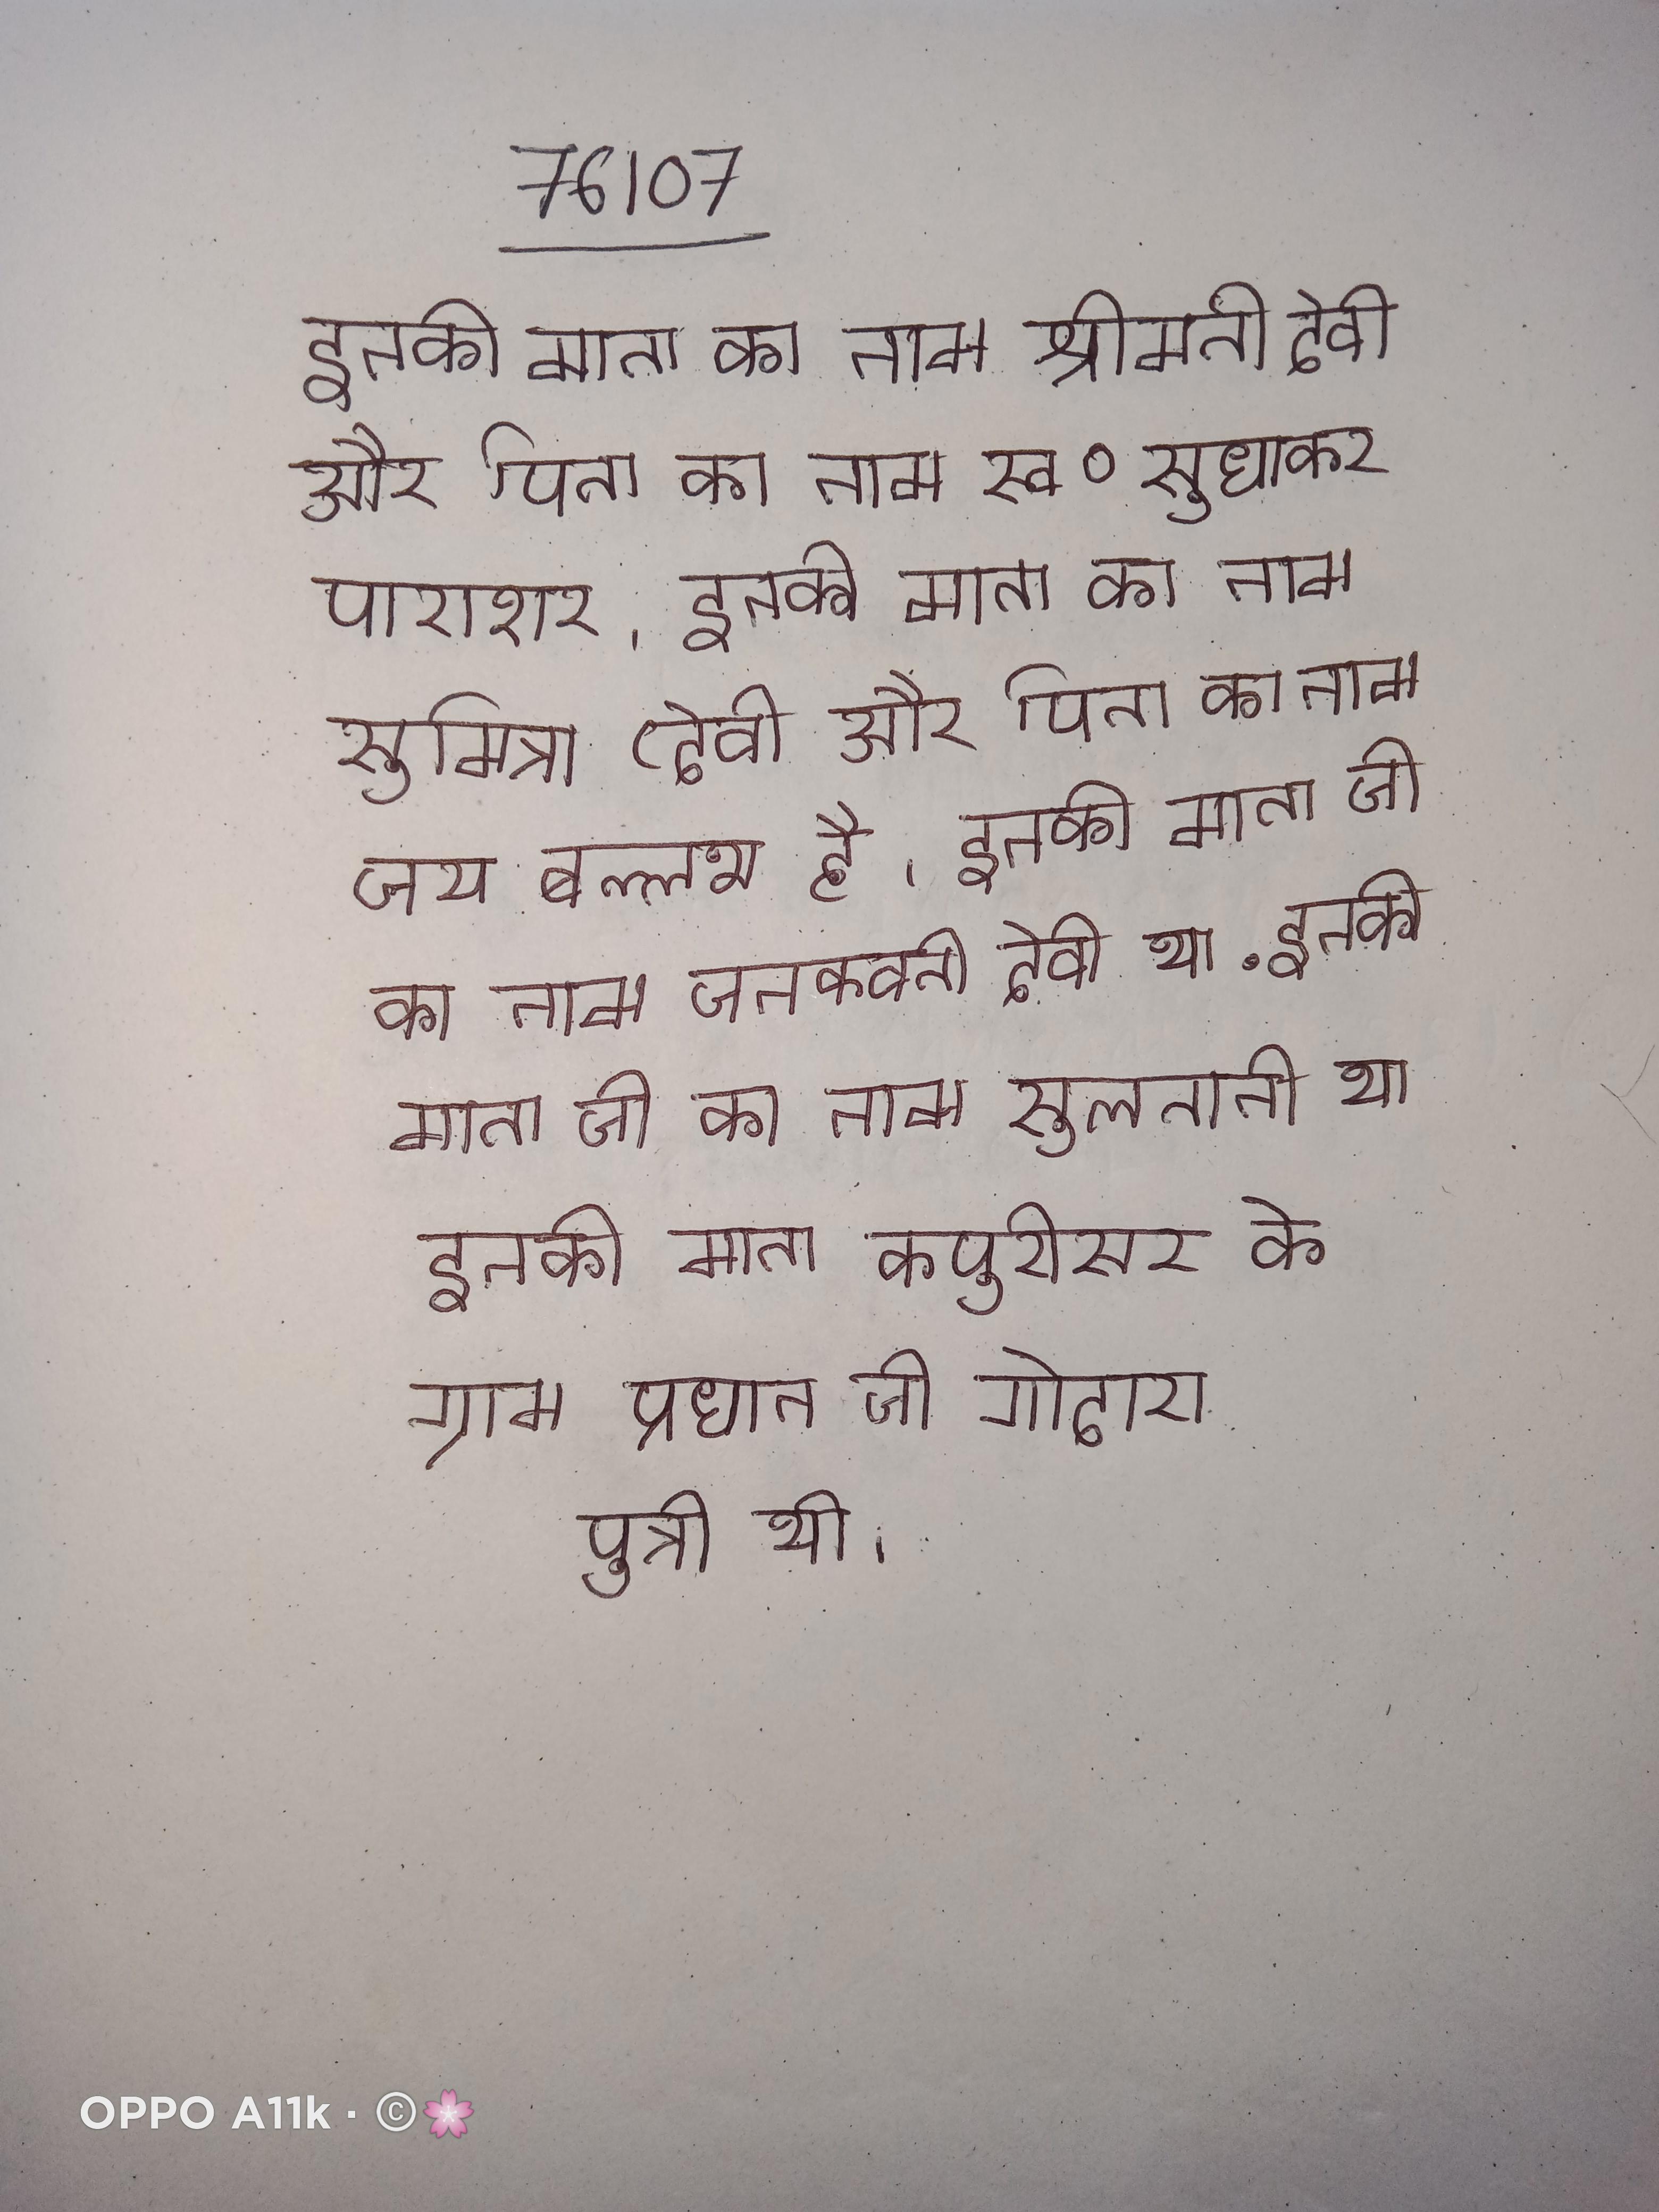
इनकी माता का नाम श्रीमती देवी और पिता का नाम स्व० सुधाकर पाराशर । इनकी माता का नाम सुमित्रा देवी और पिता का नाम जय बल्लभ है । इनकी माता जी का नाम जनकवती देवी था . इनकी माता जी का नाम सुलतानी था इनकी माता कपुरीसर के ग्राम प्रधान जी गोदारा पुत्री थी ।